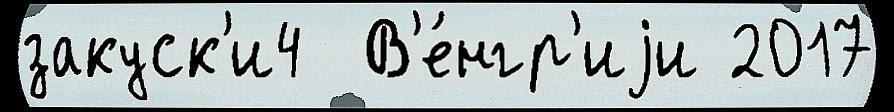
закуск'и4  В'е́нгр'иjи 2017